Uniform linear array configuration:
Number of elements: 16
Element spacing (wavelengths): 0.25
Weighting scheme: binomial
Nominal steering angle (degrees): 60
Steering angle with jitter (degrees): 59.199
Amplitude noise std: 0.05
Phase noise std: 0.05

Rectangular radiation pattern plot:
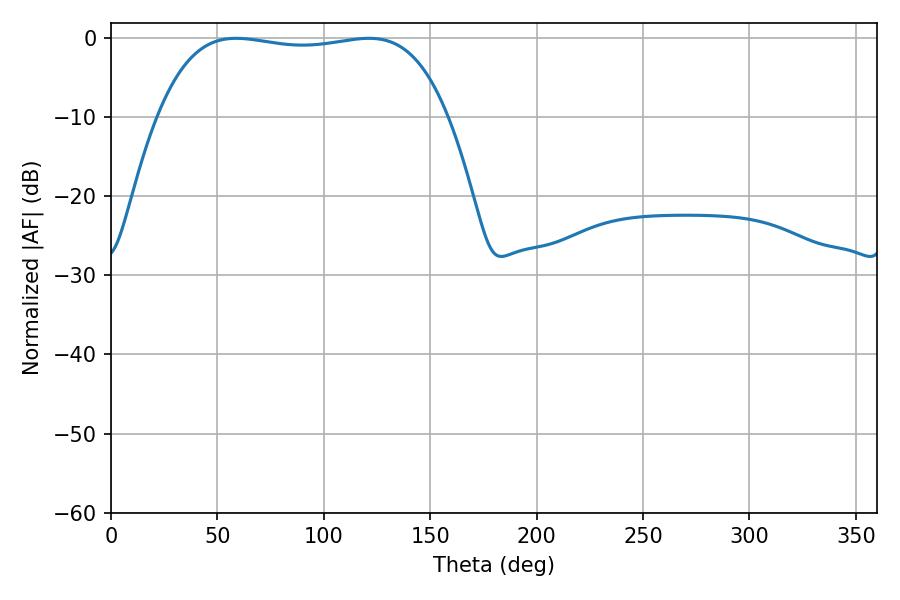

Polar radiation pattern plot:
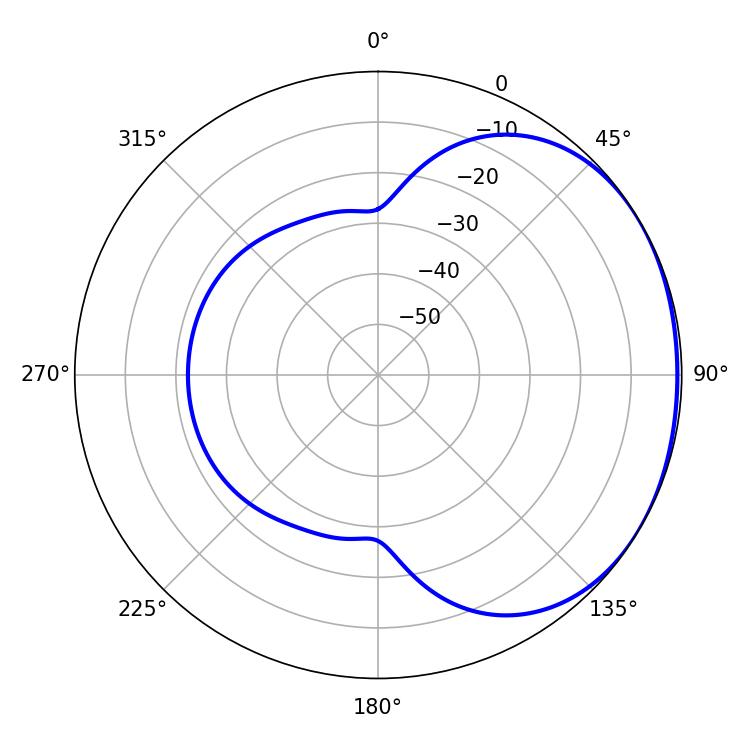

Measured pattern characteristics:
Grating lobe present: FALSE
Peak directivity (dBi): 1.271
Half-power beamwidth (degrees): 108.36
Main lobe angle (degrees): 58.86